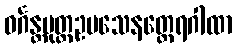
ဝင်္ဂန္တပုတ္တဥပသေနတ္ထေရဂါထာ